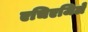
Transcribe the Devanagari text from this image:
एचिएजिले